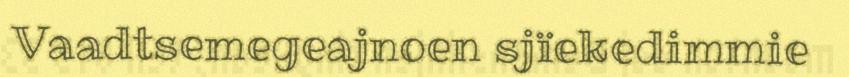
Vaadtsemegeajnoen sjïekedimmie